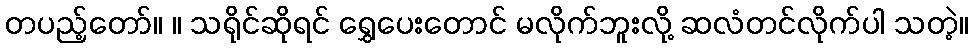
တပည့်တော်။ ။ သရိုင်ဆိုရင် ရွှေပေးတောင် မလိုက်ဘူးလို့ ဆလံတင်လိုက်ပါ သတဲ့။